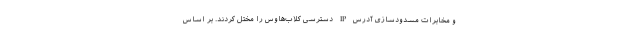
و مخابرات مسدودسازی آدرس IP دسترسی کلاب‌هاوس را مختل کردند. بر اساس